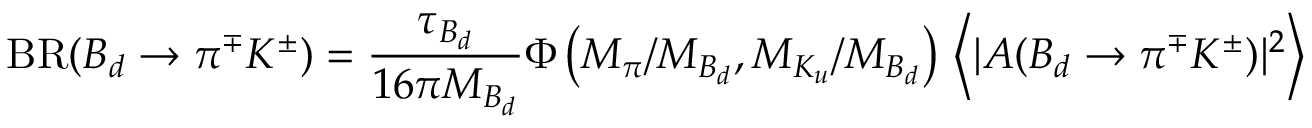
\mathrm { B R } ( B _ { d } \to \pi ^ { \mp } K ^ { \pm } ) = \frac { \tau _ { B _ { d } } } { 1 6 \pi M _ { B _ { d } } } \Phi \left( M _ { \pi } / M _ { B _ { d } } , M _ { K _ { u } } / M _ { B _ { d } } \right) \, \left\langle | A ( B _ { d } \to \pi ^ { \mp } K ^ { \pm } ) | ^ { 2 } \right\rangle